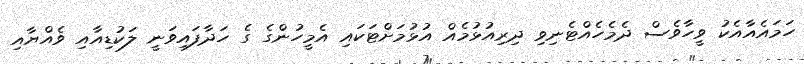
ހަމައެއާއެކު ވީހާވެސް ދެމެހެއްޓެނިވި ދިރިއުޅުމެއް އުޅުމަށްޓަކައި އެމީހުންގެ ގެ ހަދާފައިވަނީ ލަކުޑިއާއި ވެއްޔާއި